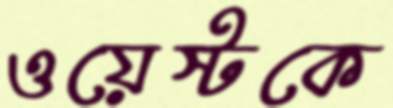
ওয়েস্টকে